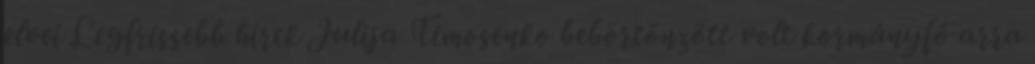
elvei Legfrissebb hírek Julija Timosenko bebörtönzött volt kormányfő arra